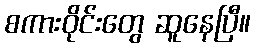
စကားဝိုင်းတွေ ဆူနေပြီ။